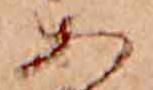
あ